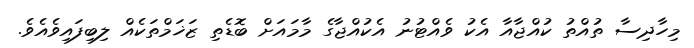
މިހާދިސާ ތުއްތު ކުއްޖާއާ އެކު ވެއްޓުނު އެކުއްޖާގެ މާމައަށް ބޮޑެތި ޒަޚަމްތަކެއް ލިބިފައިވެއެވެ.